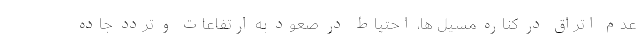
عدم اتراق در کناره مسیل ها، احتیاط در صعود به ارتفاعات و تردد جاده